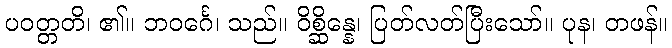
ပဝတ္တတိ၊ ၏။ ဘဝင်္ဂေ၊ သည်။ ဝိစ္ဆိန္နေ၊ ပြတ်လတ်ပြီးသော်။ ပုန၊ တဖန်။